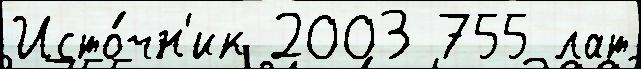
Исто́чн'ик 2003 755 лат